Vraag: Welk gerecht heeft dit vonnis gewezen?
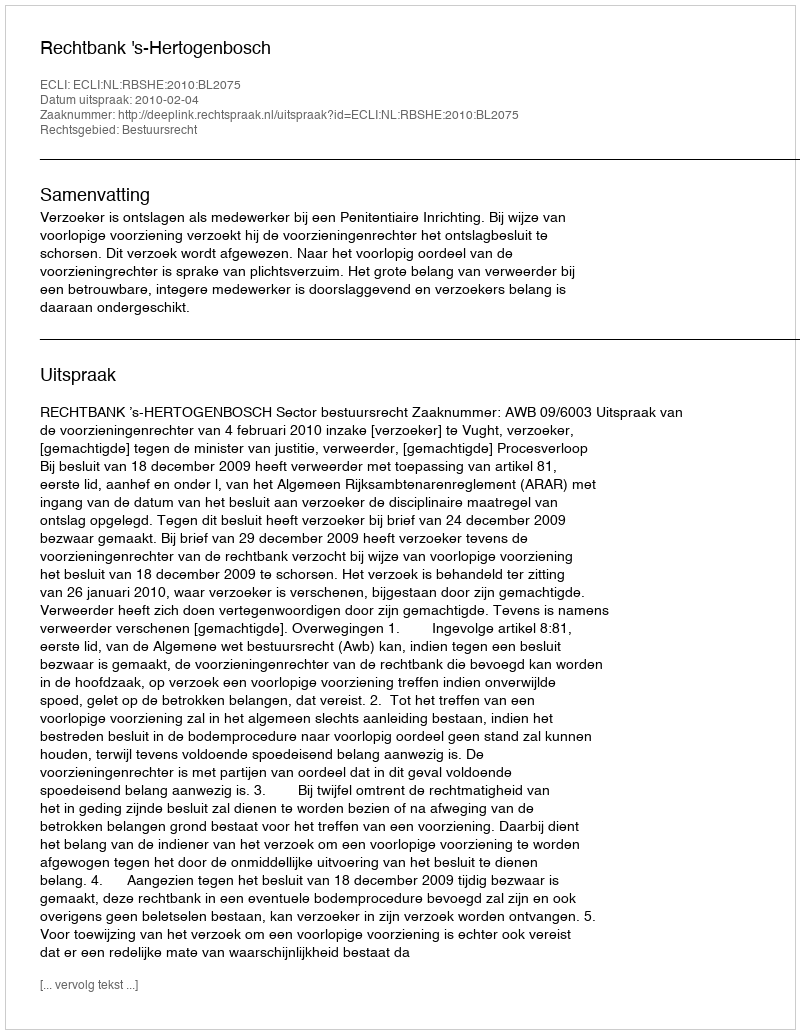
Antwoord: Rechtbank 's-Hertogenbosch